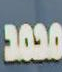
محمد